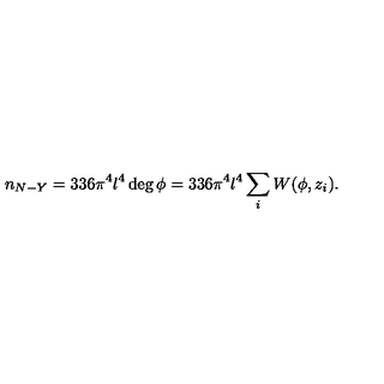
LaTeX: n _ { N - Y } = 3 3 6 \pi ^ { 4 } l ^ { 4 } \deg \phi = 3 3 6 \pi ^ { 4 } l ^ { 4 } \sum _ { i } W ( \phi , z _ { i } ) .